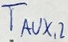
Text: TAUX,2